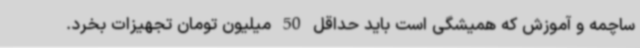
ساچمه و آموزش که همیشگی است باید حداقل 50 میلیون تومان تجهیزات بخرد.